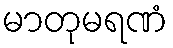
မာတုမရဏံ